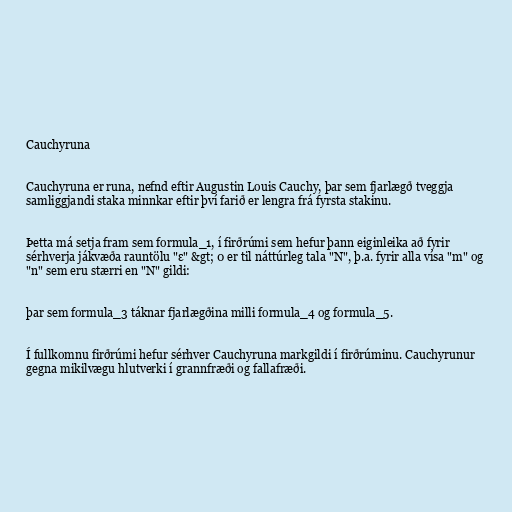
Cauchyruna

Cauchyruna er runa, nefnd eftir Augustin Louis Cauchy, þar sem fjarlægð tveggja
samliggjandi staka minnkar eftir því farið er lengra frá fyrsta stakinu.

Þetta má setja fram sem formula_1, í firðrúmi sem hefur þann eiginleika að fyrir
sérhverja jákvæða rauntölu "ε" &gt; 0 er til náttúrleg tala "N", þ.a. fyrir alla vísa "m" og
"n" sem eru stærri en "N" gildi:

þar sem formula_3 táknar fjarlægðina milli formula_4 og formula_5.

Í fullkomnu firðrúmi hefur sérhver Cauchyruna markgildi í firðrúminu. Cauchyrunur
gegna mikilvægu hlutverki í grannfræði og fallafræði.